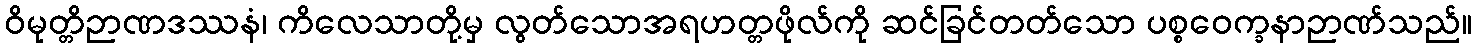
ဝိမုတ္တိဉာဏဒဿနံ၊ ကိလေသာတို့မှ လွတ်သောအရဟတ္တဖိုလ်ကို ဆင်ခြင်တတ်သော ပစ္စဝေက္ခနာဉာဏ်သည်။